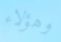
وهؤلاء